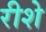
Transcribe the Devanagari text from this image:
रीशे